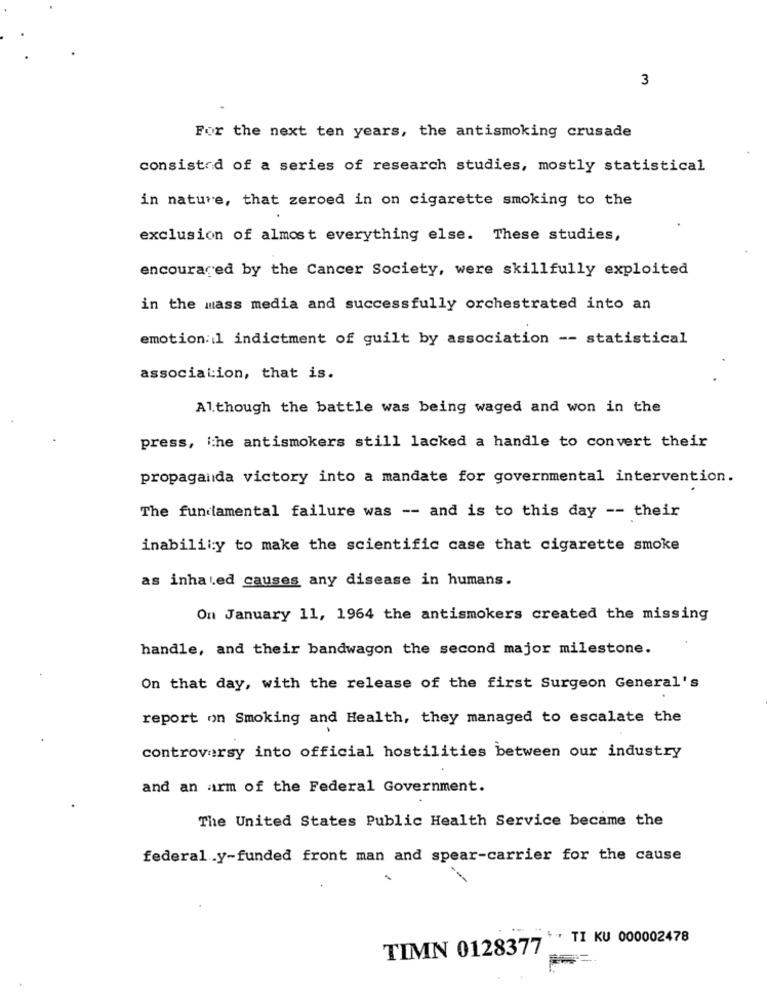
3
For the next ten years, the antismoking crusade
consisted of a series of research studies, mostly statistical
in nature, that zeroed in on cigarette smoking to the
exclusion of almost everything else. These studies,
encouraged by the Cancer Society, were skillfully exploited
in the mass media and successfully orchestrated into an
emotion:il indictment of guilt by association -- statistical
association, that is.
Although the battle was being waged and won in the
press, ihe antismokers still lacked a handle to convert their
propaganda victory into a mandate for governmental intervention.
The fundamental failure was -- and is to this day -- their
inability to make the scientific case that cigarette smoke
as inhaled causes any disease in humans.
On January 11, 1964 the antismokers created the missing
handle, and their bandwagon the second major milestone.
On that day, with the release of the first Surgeon General's
report on Smoking and Health, they managed to escalate the
controversy into official hostilities between our industry
and an arm of the Federal Government.
The United States Public Health Service became the
federal .y-funded front man and spear-carrier for the cause
* * TI KU 000002478
TIMN 0128377